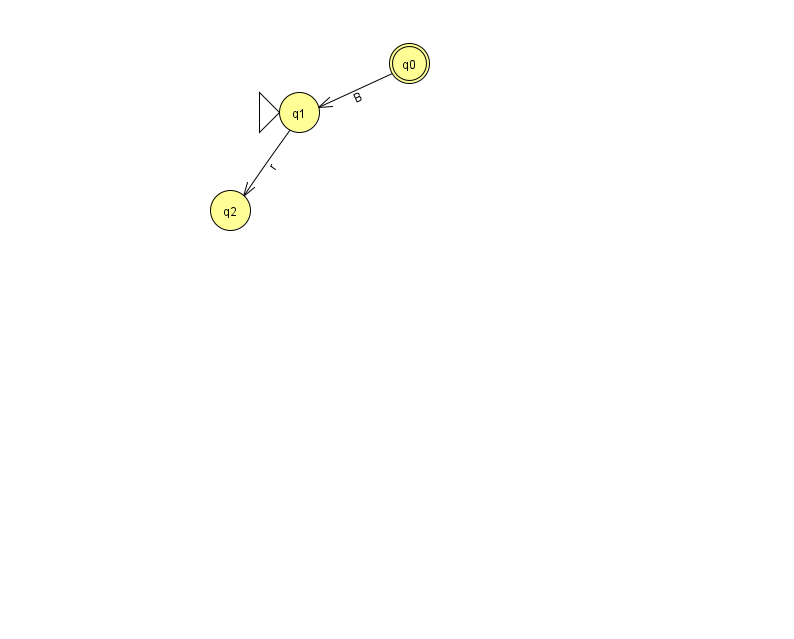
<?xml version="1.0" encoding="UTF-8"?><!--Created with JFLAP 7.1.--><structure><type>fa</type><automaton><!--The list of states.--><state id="0" name="q0"><x>409.0</x><y>50.0</y><final/></state><state id="1" name="q1"><x>299.0</x><y>99.0</y><initial/></state><state id="2" name="q2"><x>230.0</x><y>197.0</y></state><!--The list of transitions.--><transition><from>1</from><to>2</to><read>r</read></transition><transition><from>0</from><to>1</to><read>B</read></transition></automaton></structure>